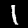
Digit: 1